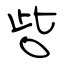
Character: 呰